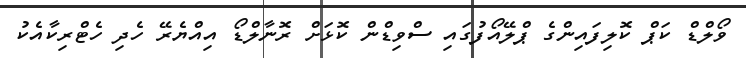
ވޯލްޑް ކަޕް ކޮލިފައިންގެ ޕްލޭއޯފުގައި ސްވިޑްން ކޮޅަށް ރޮނާލްޑޯ އިއްޔެރޭ ހެދި ހެޓްރިކާއެކު